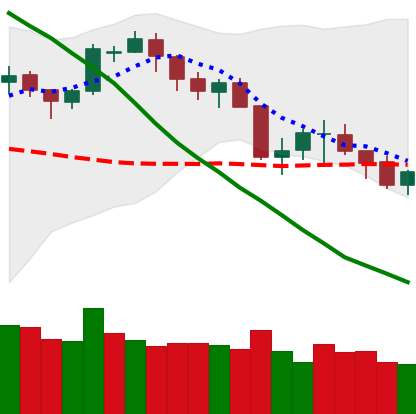
Ticker: BTC-USD
Chart end date: 2018-05-18
Forward return: -8.401%
Label: down_7plus